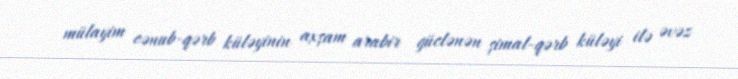
mülayim cənub-qərb küləyinin axşam arabir güclənən şimal-qərb küləyi ilə əvəz